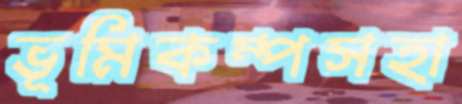
ভূমিকম্পসহা